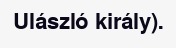
Ulászló király).